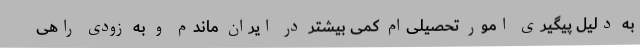
به دلیل پیگیری امور تحصیلی‌ام کمی بیشتر در ایران ماندم و به زودی راهی